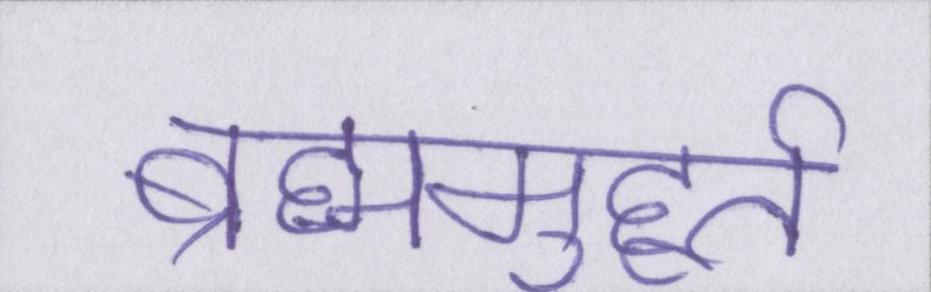
ब्रह्ममुहूर्त